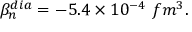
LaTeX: \beta _ { n } ^ { d i a } = - 5 . 4 \times 1 0 ^ { - 4 } ~ f m ^ { 3 } .